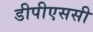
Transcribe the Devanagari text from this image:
डीपीएससी